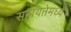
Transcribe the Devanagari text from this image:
सहायतेमध्ये